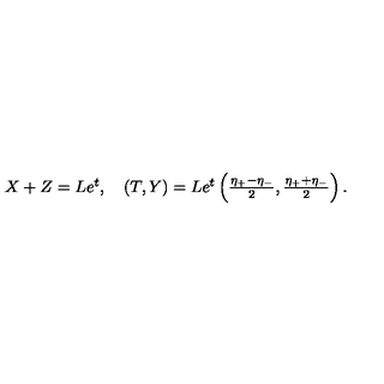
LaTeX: \begin{array} { l } { X + Z = L e ^ { t } , \quad ( T , Y ) = L e ^ { t } \left( \frac { \eta _ { + } - \eta _ { - } } { 2 } , \frac { \eta _ { + } + \eta _ { - } } { 2 } \right) . } \\ \end{array}